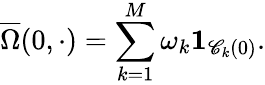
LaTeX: \overline{{\Omega}}(0,\cdot)=\sum_{k=1}^{M}\omega_{k}\mathbf{1}_{\mathscr{C}_{k}(0)}.